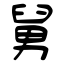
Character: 舅